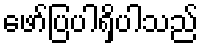
ဖော်ပြပါရှိပါသည်